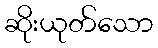
ဆိုးယုတ်သော